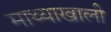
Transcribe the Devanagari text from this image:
माथ्याखाली